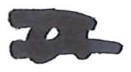
Text: a
Cross-out: double-line
Writing tool: marker